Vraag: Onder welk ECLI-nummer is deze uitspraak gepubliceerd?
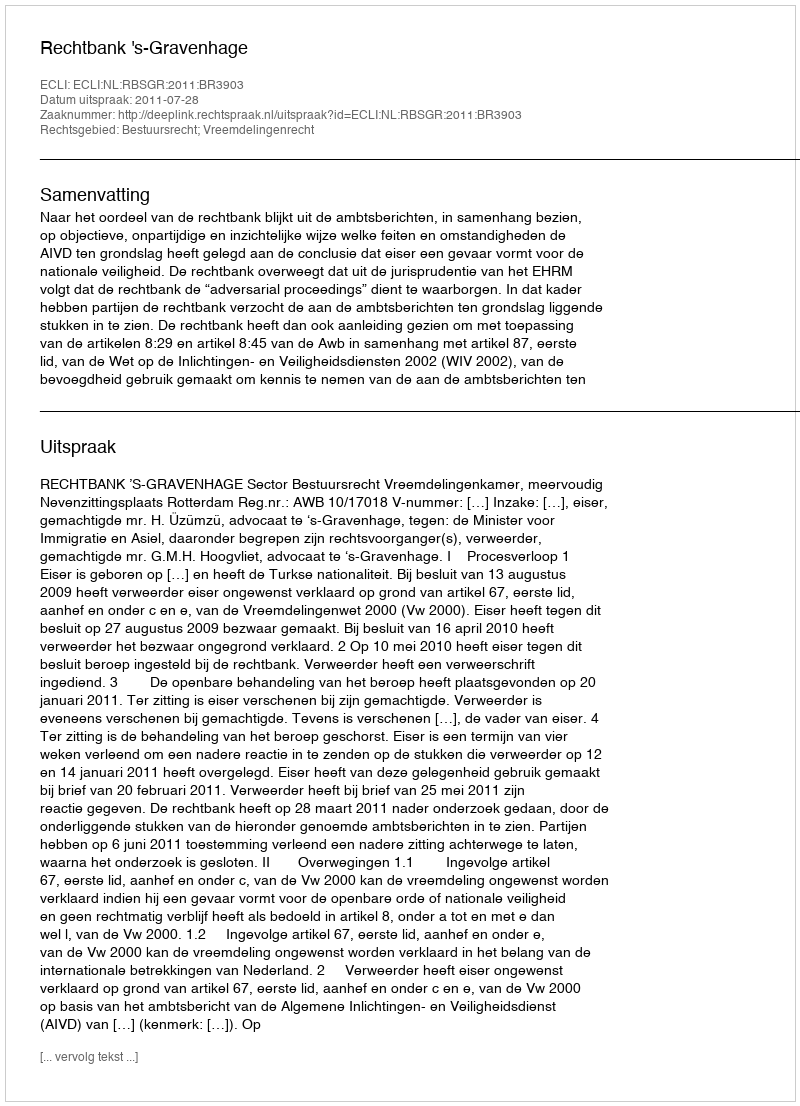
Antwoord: ECLI:NL:RBSGR:2011:BR3903